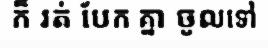
ក៏ រត់ បែក គ្នា ចូលទៅ